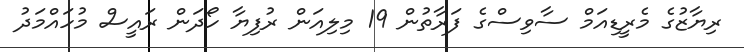
ރިޔާޒުގެ މެރީޑިއަމް ސާވިސްގެ ފަރާތުން 19 މިލިއަން ރުފިޔާ ހޯދަން ރައީސް މުހައްމަދު